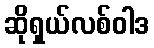
ဆိုရှယ်လစ်ဝါဒ